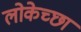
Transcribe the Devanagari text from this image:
लोकेच्छा